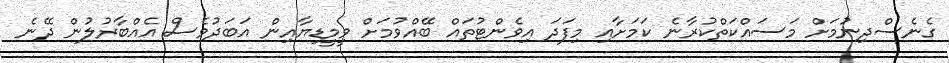
ގެނެސްދިނުމަށް މަސައްކަތްކުރާނެ ކަމަށާއި މިފަދަ އިވެންޓުތައް ބޭއްވުމަށް ވީމީޑިޔާއިން އަބަދުވެސް އެއްބާރުލުން ދޭނެ